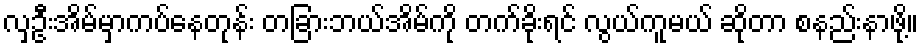
လှဦးအိမ်မှာကပ်နေတုန်း တခြားဘယ်အိမ်ကို တက်ခိုးရင် လွယ်ကူမယ် ဆိုတာ စနည်းနာဖို့။